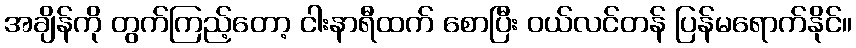
အချိန်ကို တွက်ကြည့်တော့ ငါးနာရီထက် စောပြီး ဝယ်လင်တန် ပြန်မရောက်နိုင်။